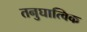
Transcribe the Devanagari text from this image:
तनुघात्विक